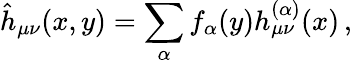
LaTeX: \hat{h}_{\mu\nu}(x,y)=\sum_{\alpha}f_{\alpha}(y)h_{\mu\nu}^{(\alpha)}(x)\, ,